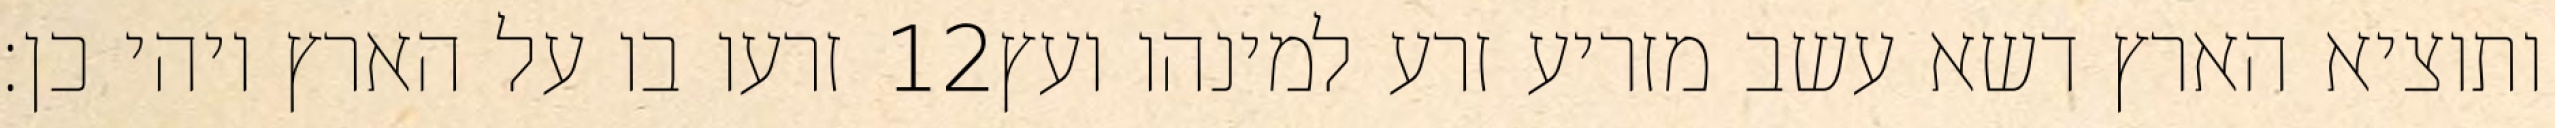
זרעו בו על הארץ ויהי כן׃ ‎12‏ ותוציא הארץ דשא עשב מזריע זרע למינהו ועץ